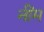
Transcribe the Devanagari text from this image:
नींम